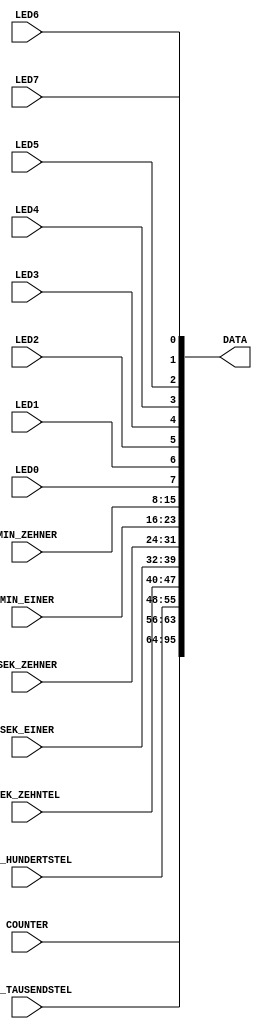
////////////////////////////////////////////////////////////////////////////////////////////
module DATA_IN_VAR_FT2232(
	input LED7,
	input LED6,
	input LED5,
	input LED4,
	input LED3,
	input LED2,
	input LED1,
	input LED0,
	input [7:0] MIN_ZEHNER,
	input [7:0] MIN_EINER,
	input [7:0] SEK_ZEHNER,
	input [7:0] SEK_EINER,
	input [7:0] SEK_ZEHNTEL,
	input [7:0] SEK_HUNDERTSTEL,
	input [7:0] SEK_TAUSENDSTEL,
	input [31:0] COUNTER,
	//
	output [255:0] DATA
	);
	//
	assign DATA[000] = LED7;
	assign DATA[001] = LED6;
	assign DATA[002] = LED5;
	assign DATA[003] = LED4;
	assign DATA[004] = LED3;
	assign DATA[005] = LED2;
	assign DATA[006] = LED1;
	assign DATA[007] = LED0;
	//
	assign DATA[015:008] = MIN_ZEHNER[7:0];
	assign DATA[023:016] = MIN_EINER[7:0];
	assign DATA[031:024] = SEK_ZEHNER[7:0];
	assign DATA[039:032] = SEK_EINER[7:0];
	assign DATA[047:040] = SEK_ZEHNTEL[7:0];
	assign DATA[055:048] = SEK_HUNDERTSTEL[7:0];	
	assign DATA[063:056] = SEK_TAUSENDSTEL[7:0];		
	//
	assign DATA[095:064] = COUNTER[31:0];	
	//
endmodule
////////////////////////////////////////////////////////////////////////////////////////////
module DATA_OUT_VAR_FT2232(
	input [255:0] DATA,
	//
	output SW7,
	output SW6,
	output SW5,
	output SW4,
	output SW3,
	output SW2,
	output SW1,
	output SW0
	);
	//
	assign SW7 = DATA[000];
	assign SW6 = DATA[001];
	assign SW5 = DATA[002];
	assign SW4 = DATA[003];
	assign SW3 = DATA[004];
	assign SW2 = DATA[005];
	assign SW1 = DATA[006];
	assign SW0 = DATA[007];
	//
endmodule
////////////////////////////////////////////////////////////////////////////////////////////
module DATA_IN_VAR_RPI(
	input [11:0] ADC_U4,
	input [11:0] ADC_U8,
	input [11:0] ADC_U9,
	input QE_CW,
	input QE_CCW,	
	input [31:0] QE_COUNTER,
	input [31:0] QE_SPEED,
	input QES_CW,
	input QES_CCW,	
	input [31:0] QES_COUNTER,
	//
	input FPGA_TO_RPI_15,	
	input FPGA_TO_RPI_14,	
	input FPGA_TO_RPI_13,	
	input FPGA_TO_RPI_12,	
	input FPGA_TO_RPI_11,	
	input FPGA_TO_RPI_10,	
	input FPGA_TO_RPI_09,	
	input FPGA_TO_RPI_08,	
	input FPGA_TO_RPI_07,	
	input FPGA_TO_RPI_06,	
	input FPGA_TO_RPI_05,	
	input FPGA_TO_RPI_04,	
	input FPGA_TO_RPI_03,	
	input FPGA_TO_RPI_02,	
	input FPGA_TO_RPI_01,	
	input FPGA_TO_RPI_00,
	input [15:0] FPGA_TO_RPI_16BIT_1,
	input [15:0] FPGA_TO_RPI_16BIT_2,	
	input [15:0] FPGA_TO_RPI_16BIT_3,	
	input [15:0] FPGA_TO_RPI_16BIT_4,			
	//
	output [255:0] DATA
	);
	//
	assign DATA[015:004] = ADC_U4[11:0];
	assign DATA[031:020] = ADC_U8[11:0];
	assign DATA[047:036] = ADC_U9[11:0];
	assign DATA[052]     = QES_CW;
	assign DATA[053]     = QES_CCW;
	assign DATA[054]     = QE_CW;
	assign DATA[055]     = QE_CCW;
	assign DATA[087:056] = QE_COUNTER[31:0];
	assign DATA[119:088] = QE_SPEED[31:0];	
	assign DATA[151:120] = QES_COUNTER[31:0];	
	//
	assign DATA[176]     = FPGA_TO_RPI_15;
	assign DATA[177]     = FPGA_TO_RPI_14;
	assign DATA[178]     = FPGA_TO_RPI_13;
	assign DATA[179]     = FPGA_TO_RPI_12;
	assign DATA[180]     = FPGA_TO_RPI_11;
	assign DATA[181]     = FPGA_TO_RPI_10;
	assign DATA[182]     = FPGA_TO_RPI_09;
	assign DATA[183]     = FPGA_TO_RPI_08;	
	assign DATA[184]     = FPGA_TO_RPI_07;
	assign DATA[185]     = FPGA_TO_RPI_06;
	assign DATA[186]     = FPGA_TO_RPI_05;
	assign DATA[187]     = FPGA_TO_RPI_04;
	assign DATA[188]     = FPGA_TO_RPI_03;
	assign DATA[189]     = FPGA_TO_RPI_02;
	assign DATA[190]     = FPGA_TO_RPI_01;
	assign DATA[191]     = FPGA_TO_RPI_00;	
	//
	assign DATA[207:192] = FPGA_TO_RPI_16BIT_1[15:0];
	assign DATA[223:208] = FPGA_TO_RPI_16BIT_2[15:0];
	assign DATA[239:224] = FPGA_TO_RPI_16BIT_3[15:0];
	assign DATA[255:240] = FPGA_TO_RPI_16BIT_4[15:0];	
	//
endmodule
////////////////////////////////////////////////////////////////////////////////////////////
module DATA_OUT_VAR_RPI(
	input [255:0] DATA,
	//
	output[11:0] DAC_U5,
	output DAC_U5_ADC_U8,
	output ANTRIEB_ENABLE,
	output ANTRIEB_CW,
	output ANTRIEB_CCW,	
	output [11:0] ANTRIEB_PWM,
	output QE_RESET,
	output QES_RESET,	
	output [11:0] ANTRIEB_ADC_LIMIT,
	output [7:0] D1_ROT,
	output [7:0] D1_GRUEN,
	output [7:0] D1_BLAU,	
	output [7:0] D2_ROT,
	output [7:0] D2_GRUEN,
	output [7:0] D2_BLAU,	
	output [7:0] D3_ROT,
	output [7:0] D3_GRUEN,
	output [7:0] D3_BLAU,
	//
	output RPI_TO_FPGA_15,
	output RPI_TO_FPGA_14,
	output RPI_TO_FPGA_13,
	output RPI_TO_FPGA_12,
	output RPI_TO_FPGA_11,
	output RPI_TO_FPGA_10,
	output RPI_TO_FPGA_09,
	output RPI_TO_FPGA_08,
	output RPI_TO_FPGA_07,
	output RPI_TO_FPGA_06,
	output RPI_TO_FPGA_05,
	output RPI_TO_FPGA_04,
	output RPI_TO_FPGA_03,
	output RPI_TO_FPGA_02,
	output RPI_TO_FPGA_01,
	output RPI_TO_FPGA_00,
	//
	output [15:0] RPI_TO_FPGA_16BIT_1,
	output [15:0] RPI_TO_FPGA_16BIT_2,
	output [15:0] RPI_TO_FPGA_16BIT_3,
	output [15:0] RPI_TO_FPGA_16BIT_4,
	//
	output WDT_ENABLE
	);
	//
	assign DAC_U5[11:0]            = DATA[015:004];
	assign DAC_U5_ADC_U8           = DATA[000];
	//
	assign ANTRIEB_ENABLE          = DATA[016];
	assign ANTRIEB_CW              = DATA[017];
	assign ANTRIEB_CCW             = DATA[018];	
	assign ANTRIEB_PWM[11:0]       = DATA[031:020];
	//
	assign QES_RESET               = DATA[038];
	assign QE_RESET                = DATA[039];
	//
	assign ANTRIEB_ADC_LIMIT[11:0] = DATA[055:044];
	//
	// RGB Leuchtdioden
	assign D1_ROT[7:0]   = DATA[063:056];
	assign D1_GRUEN[7:0] = DATA[071:064];
	assign D1_BLAU[7:0]  = DATA[079:072];
	assign D2_ROT[7:0]   = DATA[087:080];
	assign D2_GRUEN[7:0] = DATA[095:088];
	assign D2_BLAU[7:0]  = DATA[103:096];
	assign D3_ROT[7:0]   = DATA[111:104];
	assign D3_GRUEN[7:0] = DATA[119:112];
	assign D3_BLAU[7:0]  = DATA[127:120];	
	//
	assign WDT_ENABLE   = !DATA[175];
	//
	assign RPI_TO_FPGA_15            = DATA[176];
	assign RPI_TO_FPGA_14            = DATA[177];
	assign RPI_TO_FPGA_13            = DATA[178];
	assign RPI_TO_FPGA_12            = DATA[179];
	assign RPI_TO_FPGA_11            = DATA[180];
	assign RPI_TO_FPGA_10            = DATA[181];
	assign RPI_TO_FPGA_09            = DATA[182];
	assign RPI_TO_FPGA_08            = DATA[183];	
	assign RPI_TO_FPGA_07            = DATA[184];
	assign RPI_TO_FPGA_06            = DATA[185];
	assign RPI_TO_FPGA_05            = DATA[186];
	assign RPI_TO_FPGA_04            = DATA[187];
	assign RPI_TO_FPGA_03            = DATA[188];
	assign RPI_TO_FPGA_02            = DATA[189];
	assign RPI_TO_FPGA_01            = DATA[190];
	assign RPI_TO_FPGA_00            = DATA[191];	
	//
	assign RPI_TO_FPGA_16BIT_1[15:0] = DATA[207:192];	
	assign RPI_TO_FPGA_16BIT_2[15:0] = DATA[223:208];	
	assign RPI_TO_FPGA_16BIT_3[15:0] = DATA[239:224];	
	assign RPI_TO_FPGA_16BIT_4[15:0] = DATA[255:240];	
	//
endmodule
////////////////////////////////////////////////////////////////////////////////////////////